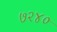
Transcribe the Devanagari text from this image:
७२४०